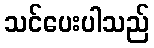
သင်ပေးပါသည်